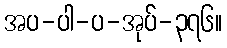
အပ-ပါ-ပ-အုပ်-၃၇၆။